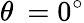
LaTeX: \theta\: =0^{\circ}